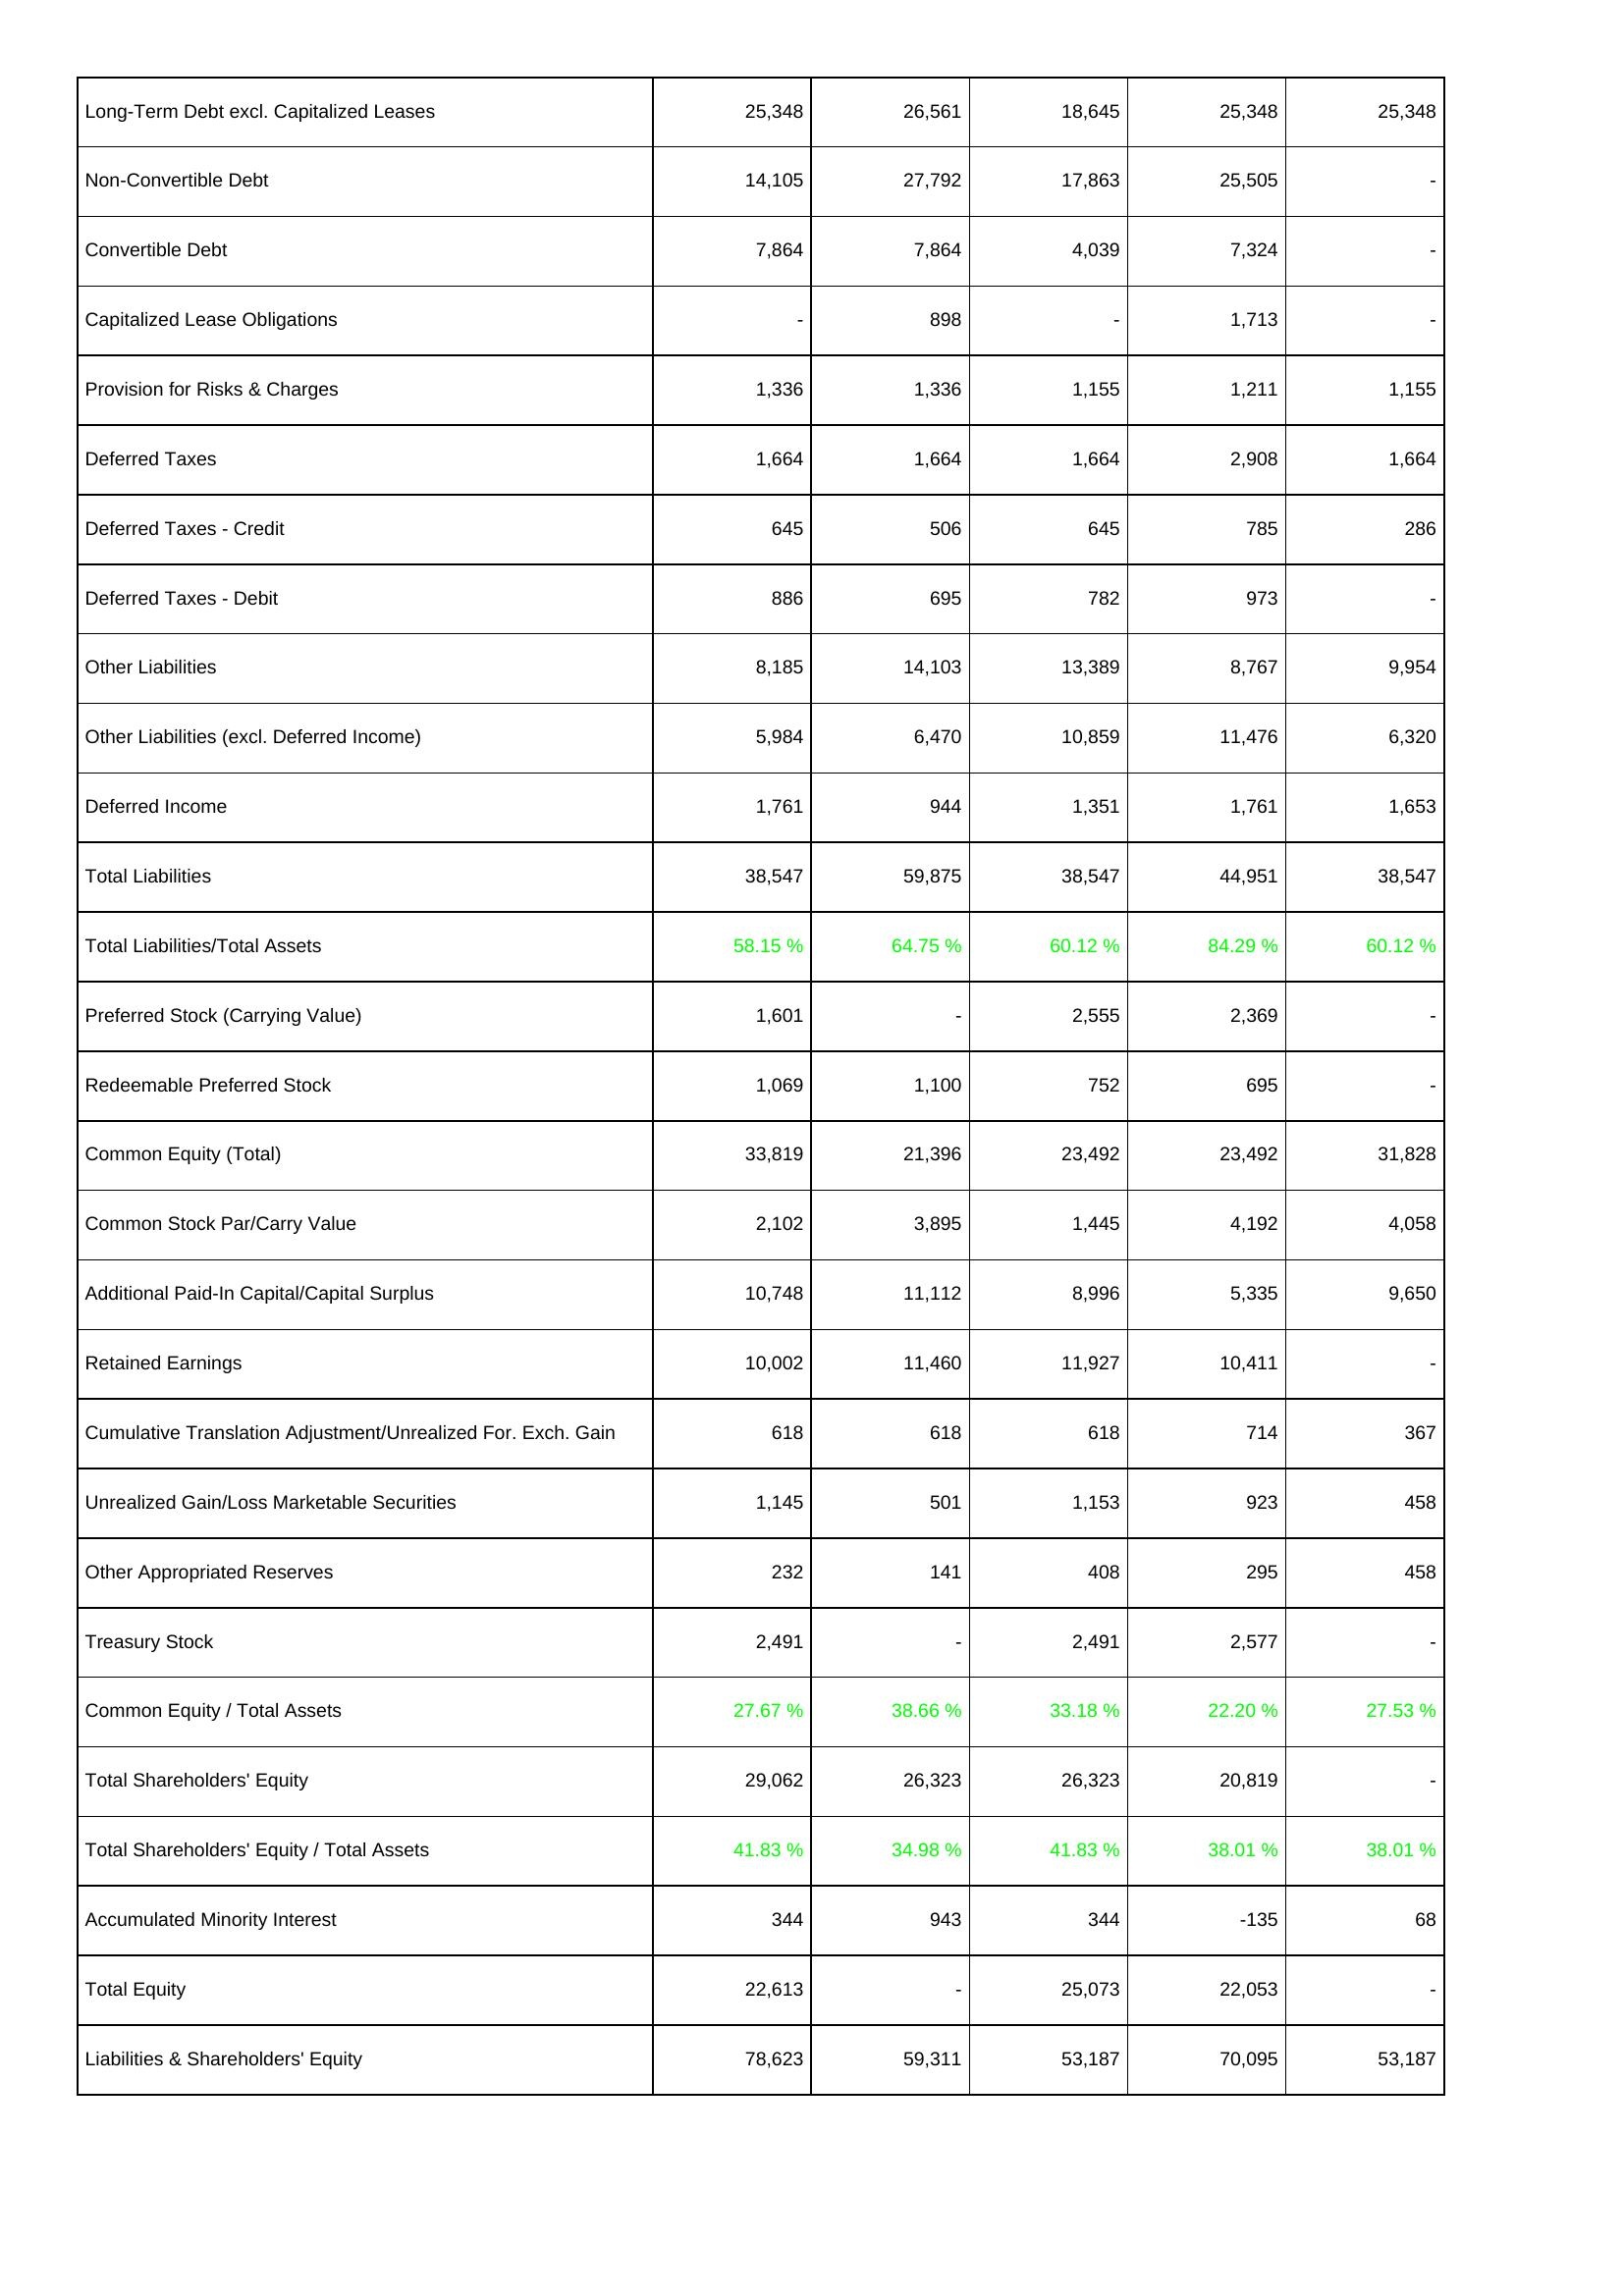
2009: Liabilities & Shareholders' Equity: Long-Term Debt excl. Capitalized Leases: 25,348
Non-Convertible Debt: 14,105
Convertible Debt: 7,864
Capitalized Lease Obligations: -
Provision for Risks & Charges: 1,336
Deferred Taxes: 1,664
Deferred Taxes - Credit: 645
Deferred Taxes - Debit: 886
Other Liabilities: 8,185
Other Liabilities (excl. Deferred Income): 5,984
Deferred Income: 1,761
Total Liabilities: 38,547
Total Liabilities/Total Assets: 58.15 %
Preferred Stock (Carrying Value): 1,601
Redeemable Preferred Stock: 1,069
Common Equity (Total): 33,819
Common Stock Par/Carry Value: 2,102
Additional Paid-In Capital/Capital Surplus: 10,748
Retained Earnings: 10,002
Cumulative Translation Adjustment/Unrealized For. Exch. Gain: 618
Unrealized Gain/Loss Marketable Securities: 1,145
Other Appropriated Reserves: 232
Treasury Stock: 2,491
Common Equity / Total Assets: 27.67 %
Total Shareholders' Equity: 29,062
Total Shareholders' Equity / Total Assets: 41.83 %
Accumulated Minority Interest: 344
Total Equity: 22,613
Liabilities & Shareholders' Equity: 78,623
2010: Liabilities & Shareholders' Equity: Long-Term Debt excl. Capitalized Leases: 26,561
Non-Convertible Debt: 27,792
Convertible Debt: 7,864
Capitalized Lease Obligations: 898
Provision for Risks & Charges: 1,336
Deferred Taxes: 1,664
Deferred Taxes - Credit: 506
Deferred Taxes - Debit: 695
Other Liabilities: 14,103
Other Liabilities (excl. Deferred Income): 6,470
Deferred Income: 944
Total Liabilities: 59,875
Total Liabilities/Total Assets: 64.75 %
Preferred Stock (Carrying Value): -
Redeemable Preferred Stock: 1,100
Common Equity (Total): 21,396
Common Stock Par/Carry Value: 3,895
Additional Paid-In Capital/Capital Surplus: 11,112
Retained Earnings: 11,460
Cumulative Translation Adjustment/Unrealized For. Exch. Gain: 618
Unrealized Gain/Loss Marketable Securities: 501
Other Appropriated Reserves: 141
Treasury Stock: -
Common Equity / Total Assets: 38.66 %
Total Shareholders' Equity: 26,323
Total Shareholders' Equity / Total Assets: 34.98 %
Accumulated Minority Interest: 943
Total Equity: -
Liabilities & Shareholders' Equity: 59,311
2011: Liabilities & Shareholders' Equity: Long-Term Debt excl. Capitalized Leases: 18,645
Non-Convertible Debt: 17,863
Convertible Debt: 4,039
Capitalized Lease Obligations: -
Provision for Risks & Charges: 1,155
Deferred Taxes: 1,664
Deferred Taxes - Credit: 645
Deferred Taxes - Debit: 782
Other Liabilities: 13,389
Other Liabilities (excl. Deferred Income): 10,859
Deferred Income: 1,351
Total Liabilities: 38,547
Total Liabilities/Total Assets: 60.12 %
Preferred Stock (Carrying Value): 2,555
Redeemable Preferred Stock: 752
Common Equity (Total): 23,492
Common Stock Par/Carry Value: 1,445
Additional Paid-In Capital/Capital Surplus: 8,996
Retained Earnings: 11,927
Cumulative Translation Adjustment/Unrealized For. Exch. Gain: 618
Unrealized Gain/Loss Marketable Securities: 1,153
Other Appropriated Reserves: 408
Treasury Stock: 2,491
Common Equity / Total Assets: 33.18 %
Total Shareholders' Equity: 26,323
Total Shareholders' Equity / Total Assets: 41.83 %
Accumulated Minority Interest: 344
Total Equity: 25,073
Liabilities & Shareholders' Equity: 53,187
2012: Liabilities & Shareholders' Equity: Long-Term Debt excl. Capitalized Leases: 25,348
Non-Convertible Debt: 25,505
Convertible Debt: 7,324
Capitalized Lease Obligations: 1,713
Provision for Risks & Charges: 1,211
Deferred Taxes: 2,908
Deferred Taxes - Credit: 785
Deferred Taxes - Debit: 973
Other Liabilities: 8,767
Other Liabilities (excl. Deferred Income): 11,476
Deferred Income: 1,761
Total Liabilities: 44,951
Total Liabilities/Total Assets: 84.29 %
Preferred Stock (Carrying Value): 2,369
Redeemable Preferred Stock: 695
Common Equity (Total): 23,492
Common Stock Par/Carry Value: 4,192
Additional Paid-In Capital/Capital Surplus: 5,335
Retained Earnings: 10,411
Cumulative Translation Adjustment/Unrealized For. Exch. Gain: 714
Unrealized Gain/Loss Marketable Securities: 923
Other Appropriated Reserves: 295
Treasury Stock: 2,577
Common Equity / Total Assets: 22.20 %
Total Shareholders' Equity: 20,819
Total Shareholders' Equity / Total Assets: 38.01 %
Accumulated Minority Interest: -135
Total Equity: 22,053
Liabilities & Shareholders' Equity: 70,095
2013: Liabilities & Shareholders' Equity: Long-Term Debt excl. Capitalized Leases: 25,348
Non-Convertible Debt: -
Convertible Debt: -
Capitalized Lease Obligations: -
Provision for Risks & Charges: 1,155
Deferred Taxes: 1,664
Deferred Taxes - Credit: 286
Deferred Taxes - Debit: -
Other Liabilities: 9,954
Other Liabilities (excl. Deferred Income): 6,320
Deferred Income: 1,653
Total Liabilities: 38,547
Total Liabilities/Total Assets: 60.12 %
Preferred Stock (Carrying Value): -
Redeemable Preferred Stock: -
Common Equity (Total): 31,828
Common Stock Par/Carry Value: 4,058
Additional Paid-In Capital/Capital Surplus: 9,650
Retained Earnings: -
Cumulative Translation Adjustment/Unrealized For. Exch. Gain: 367
Unrealized Gain/Loss Marketable Securities: 458
Other Appropriated Reserves: 458
Treasury Stock: -
Common Equity / Total Assets: 27.53 %
Total Shareholders' Equity: -
Total Shareholders' Equity / Total Assets: 38.01 %
Accumulated Minority Interest: 68
Total Equity: -
Liabilities & Shareholders' Equity: 53,187